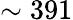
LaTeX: \sim 391